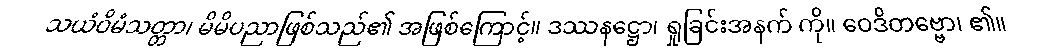
သယံဝိမံသတ္တာ၊ မိမိပညာဖြစ်သည်၏ အဖြစ်ကြောင့်။ ဒဿနဋ္ဌော၊ ရှုခြင်းအနက် ကို။ ဝေဒိတဗ္ဗော၊ ၏။